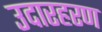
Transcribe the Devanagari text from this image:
उदारहरण